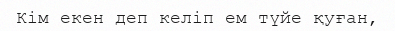
Кім екен деп келіп ем түйе қуған,